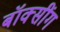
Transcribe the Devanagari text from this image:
बॉक्सींग